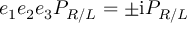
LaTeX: e _ { 1 } e _ { 2 } e _ { 3 } P _ { R / L } = \pm \mathrm { i } P _ { R / L }